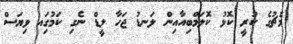
މެޗުގެ ކުރީ ކޮޅު ކޮލަމްބިއާއިން ލަނޑު ޖަހާ ލީޑް ނެގި ކަމުގަިއ ވިޔަސް